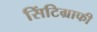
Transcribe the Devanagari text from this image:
सिंटिग्राफी